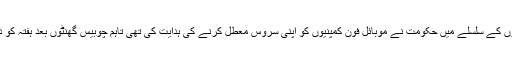
جمعہ کو احتجاجی مظاہروں کو روکنے کی کوششوں کے سلسلے میں حکومت نے موبائل فون کمپنیوں کو اپنی سروس معطل کرنے کی ہدایت کی تھی تاہم چوبیس گھنٹوں بعد ہفتہ کو دو موبائل فون کمپنیوں نے اپنی سروس بحال کردی۔